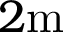
2 \mathrm { m }